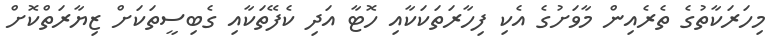
މިހަރަކާތުގެ ތެރެއިން މާވަށުގެ އެކި ފިހާރަތަކަކާއި ހޮޓާ އަދި ކެފޭތަކާއި ގެބިސީތަކަށް ޒިޔާރަތްކޮށް